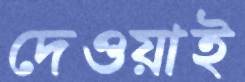
দেওয়াই